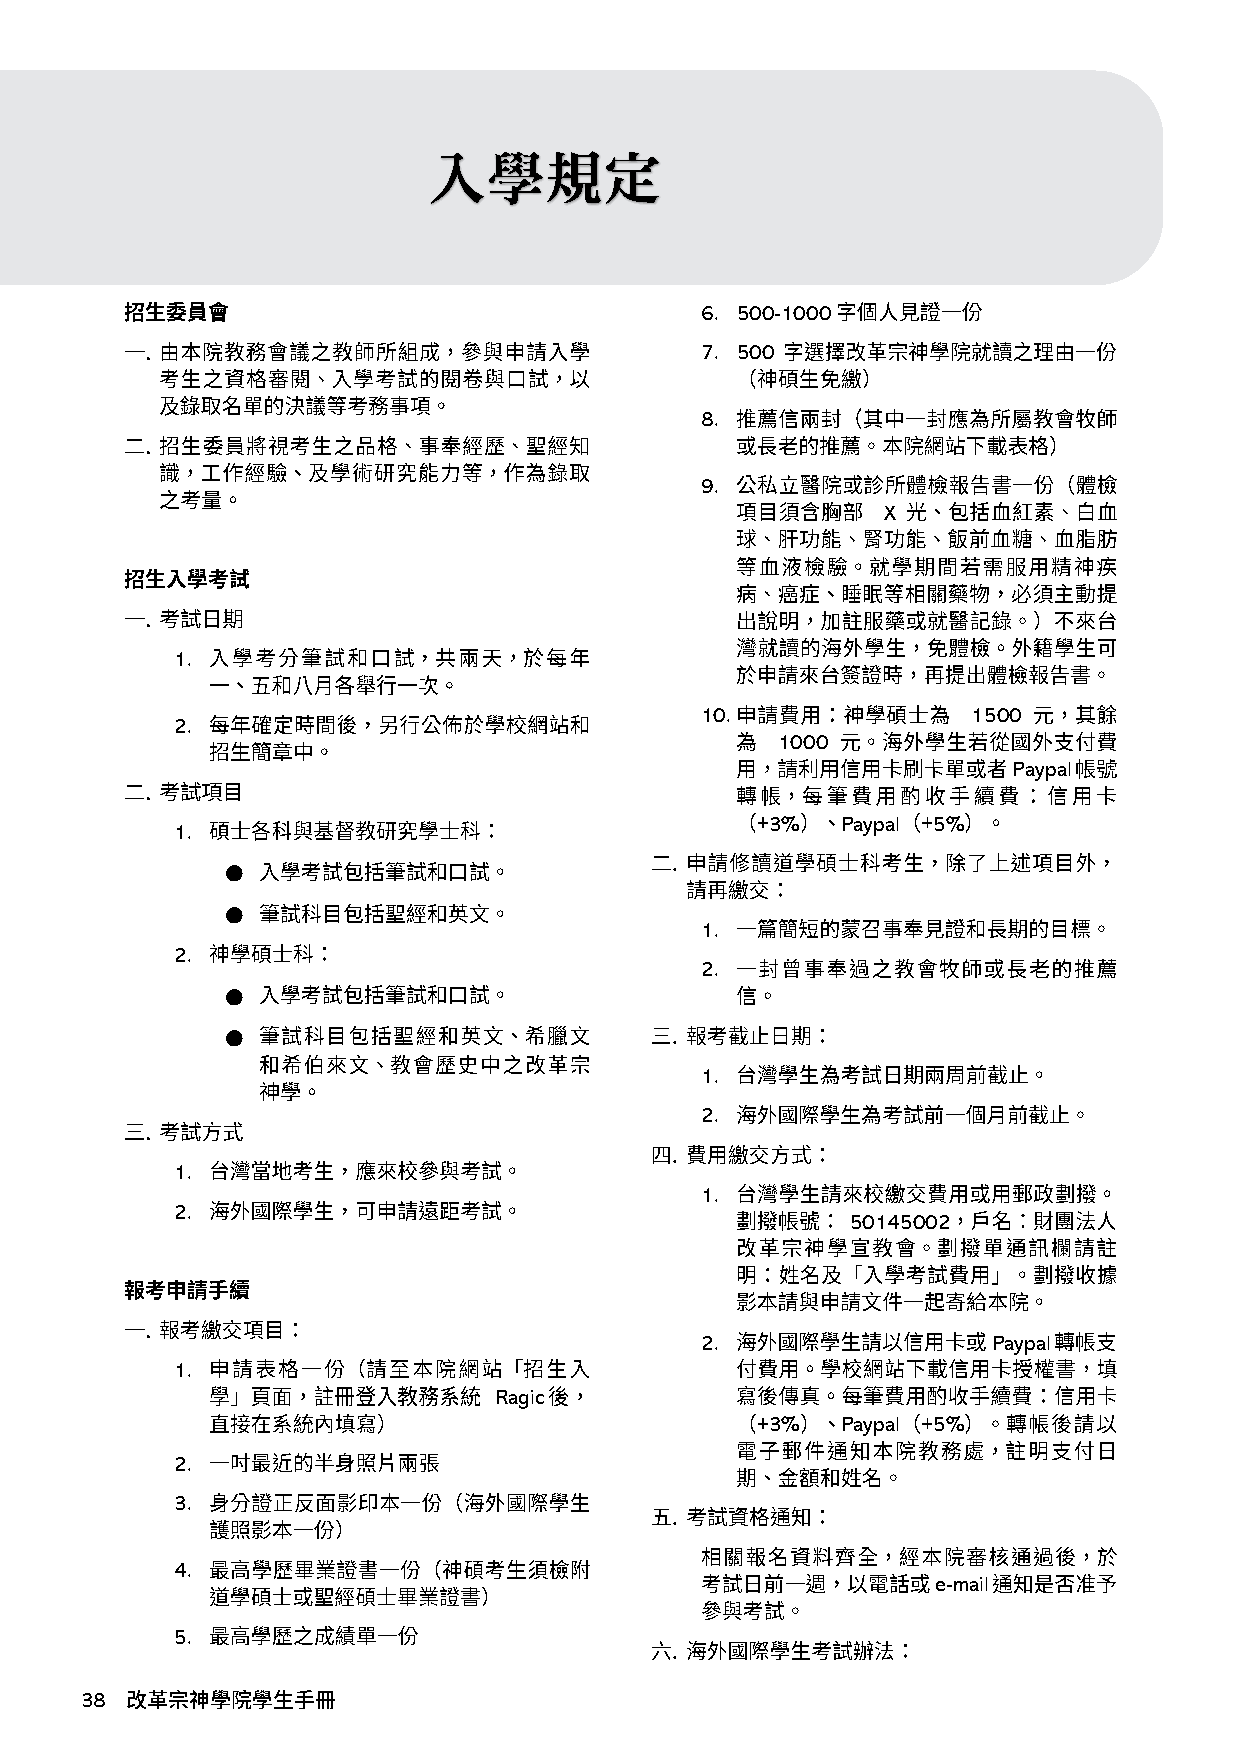
入學規定
 6. 500-1000
 7. 500
 8.
 9.
 X
 1.
 10.               1500
 2.
 1000
 Paypal
 3%   Paypal 5%
 1.
 ●
 ●
 1.
 2.
 2.
 ●
 ●
 1.
 2.
 1.
 1.
 2.
 50145002
 2.                  Paypal
 1.
 Ragic
 3%   Paypal 5%
 2.
 3.
 4.
 e-mail
 5.
 3 8